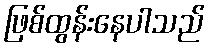
ဖြစ်ထွန်းနေပါသည်